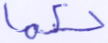
حكما